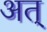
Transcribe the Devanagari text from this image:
अत्‌